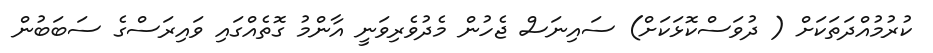
ކުރުމުއްދަތަކަށް ( ދުވަސްކޮޅަކަށް) ސައިނަސް ޖެހުން މެދުވެރިވަނީ އާންމު ގޮތެއްގައި ވައިރަސްގެ ސަބަބުން